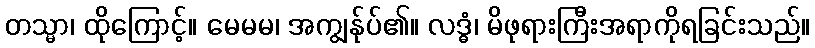
တသ္မာ၊ ထိုကြောင့်။ မေမမ၊ အကျွန်ုပ်၏။ လဒ္ဓံ၊ မိဖုရားကြီးအရာကိုရခြင်းသည်။